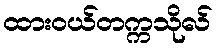
ထားဝယ်တက္ကသိုလ်